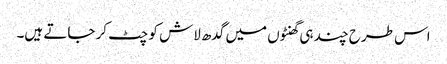
اس طرح چند ہی گھنٹوں میں گدھ لاش کو چٹ کر جاتے ہیں۔